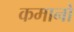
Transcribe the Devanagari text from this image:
कमानो